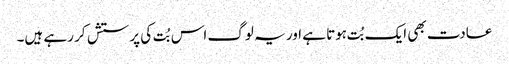
عادت بھی ایک بُت ہوتا ہے اور یہ لوگ اس بُت کی پرستش کر رہے ہیں۔